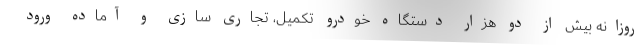
روزانه بیش از دو هزار دستگاه خودرو تکمیل، تجاری سازی و آماده ورود